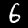
Label: 6